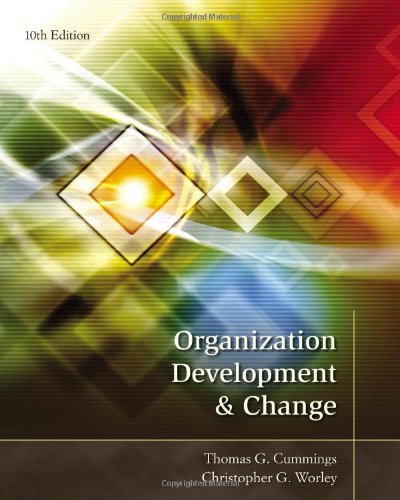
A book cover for Organization Development and Change; Thomas G. Cummings; Business & Money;